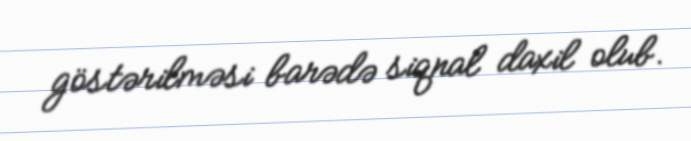
göstərilməsi barədə siqnal daxil olub.